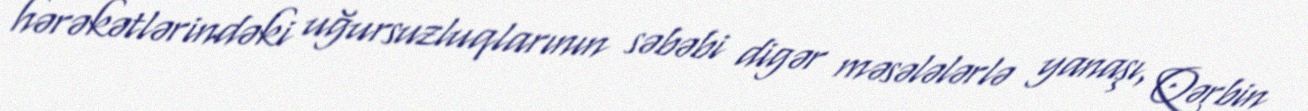
hərəkətlərindəki uğursuzluqlarının səbəbi digər məsələlərlə yanaşı, Qərbin